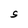
Character: S